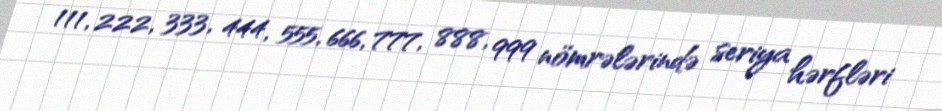
111, 222, 333, 444, 555, 666, 777, 888, 999 nömrələrində seriya hərfləri